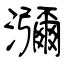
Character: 瀰